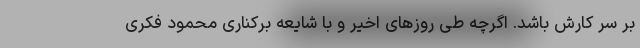
بر سر کارش باشد. اگرچه طی روز‌های اخیر و با شایعه برکناری محمود فکری